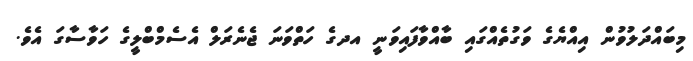
މިބައްދަލުވުން އިއްޔެގެ ވަގުތެއްގައި ބާއްވާފައިވަނީ އދގެ ހަތްވަނަ ޖެނެރަލް އެސެމްބްލީގެ ހަވާސާގަ އެވެ.